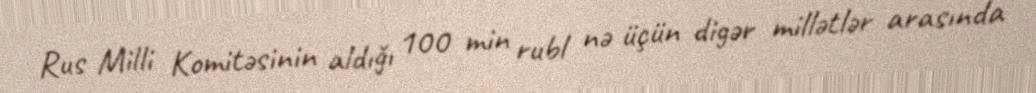
Rus Milli Komitəsinin aldığı 100 min rubl nə üçün digər millətlər arasında